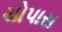
ચોપાસ